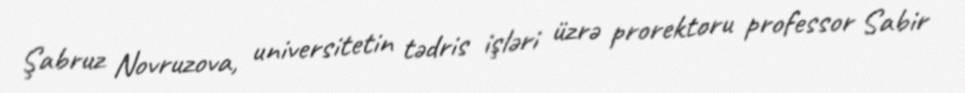
Şabruz Novruzova, universitetin tədris işləri üzrə prorektoru professor Sabir